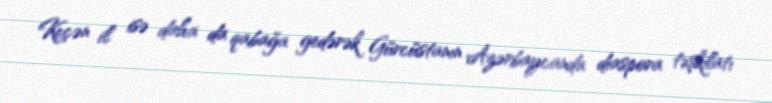
Keçən il isə daha da qabağa gedərək Gürcüstanın Azərbaycanda diaspora təşkilatı